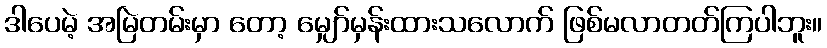
ဒါပေမဲ့ အမြဲတမ်းမှာ တော့ မျှော်မှန်းထားသလောက် ဖြစ်မလာတတ်ကြပါဘူး။